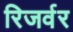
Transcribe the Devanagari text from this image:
रिजर्वर